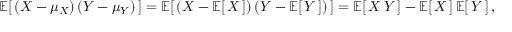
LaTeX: \operatorname { \mathbb { E } } [ \, \left( X - \mu _ { X } \right) \left( Y - \mu _ { Y } \right) \, ] = \operatorname { \mathbb { E } } [ \, \left( X - \operatorname { \mathbb { E } } [ \, X \, ] \right) \left( Y - \operatorname { \mathbb { E } } [ \, Y \, ] \right) \, ] = \operatorname { \mathbb { E } } [ \, X \, Y \, ] - \operatorname { \mathbb { E } } [ \, X \, ] \operatorname { \mathbb { E } } [ \, Y \, ] \, ,